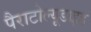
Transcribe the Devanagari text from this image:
पैराटोल्यूडाइड